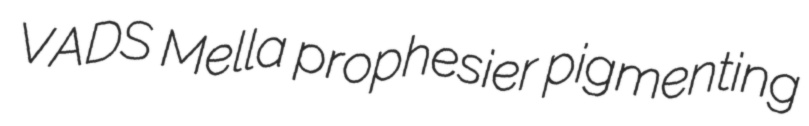
VADS Mella prophesier pigmenting